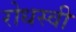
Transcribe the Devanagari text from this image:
रोधस्वी